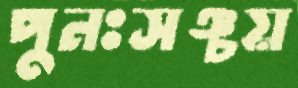
পুনঃসঞ্চয়